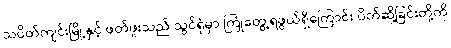
သပိတ်ကျင်းမြို့နှင့် ဖတ်ဖူးသည် သွင်ရုံမှာ ကြုံတွေ့ရဖွယ်ရှိကြောင်း ပိတ်ဆို့ခြင်းတို့ကို